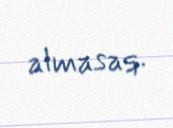
almasaq.